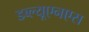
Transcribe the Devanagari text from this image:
डब्ल्यूएनएस